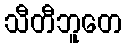
သီတီဘူတေ